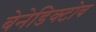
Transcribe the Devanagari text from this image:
बेनेडिक्टोव